Document type: Sale
Year: 1235
Scribe: Pere de Bages
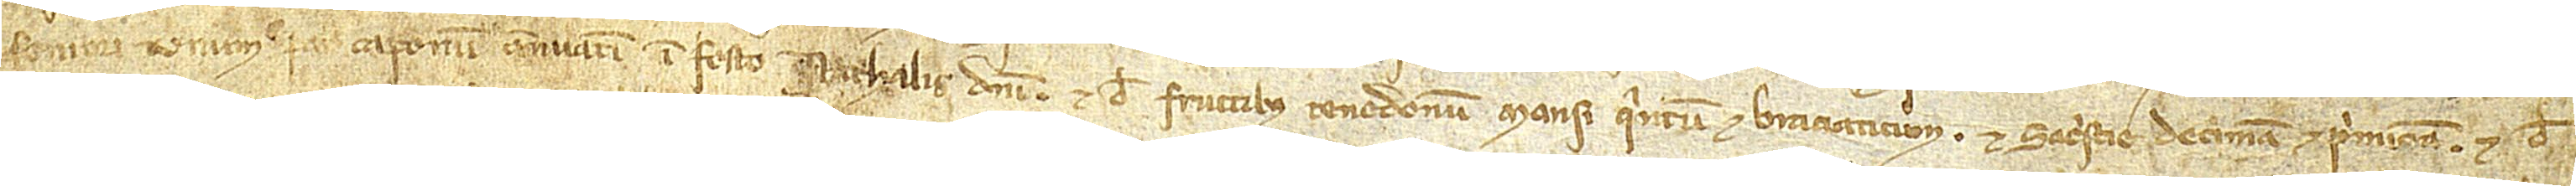
seniori unum par caponum annuatim in festo Nathalis Domini, et de fructibus tenedonum mansi quintum et braciaticum, et sacristie decimam et primiciam, et de